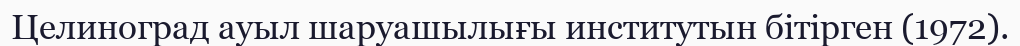
Целиноград ауыл шаруашылығы институтын бітірген (1972).